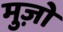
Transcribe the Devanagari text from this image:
मुज़ो